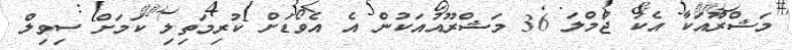
މަޝްރޫއަކާ އެކު ޖުމްލަ 36 މަޝްރޫއުއަކުން އެ އެވޯޑަށް ކުރިމަތިލި ކަމަށް ސިވިލް